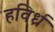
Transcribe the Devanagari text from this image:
हविर्ध्र